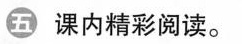
五 课内精彩阅读。